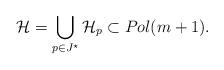
LaTeX: \begin{align*}\mathcal H=\bigcup_{p\in J^\star} \mathcal H_p\subset Pol(m+1).\end{align*}